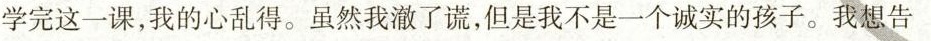
学完这一课，我的心乱得。虽然我澈了谎，但是我不是一个诚实的孩子。我想告